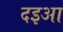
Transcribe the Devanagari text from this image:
दइआ